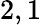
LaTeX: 2,1